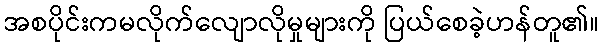
အစပိုင်းကမလိုက်လျောလိုမှုများကို ပြယ်စေခဲ့ဟန်တူ၏။